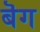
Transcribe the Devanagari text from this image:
बॆग